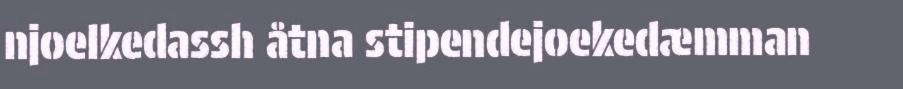
njoelkedassh åtna stipendejoekedæmman